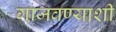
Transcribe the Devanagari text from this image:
गाजवण्याशी